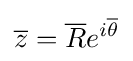
{\overline {z}}={\overline {R}}e^{i{\overline {\theta }}}